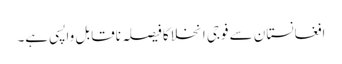
افغانستان سے فوجی انخلا کا فیصلہ ناقابل واپسی ہے۔